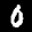
Label: 0